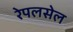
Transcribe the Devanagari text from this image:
रेपलसेल